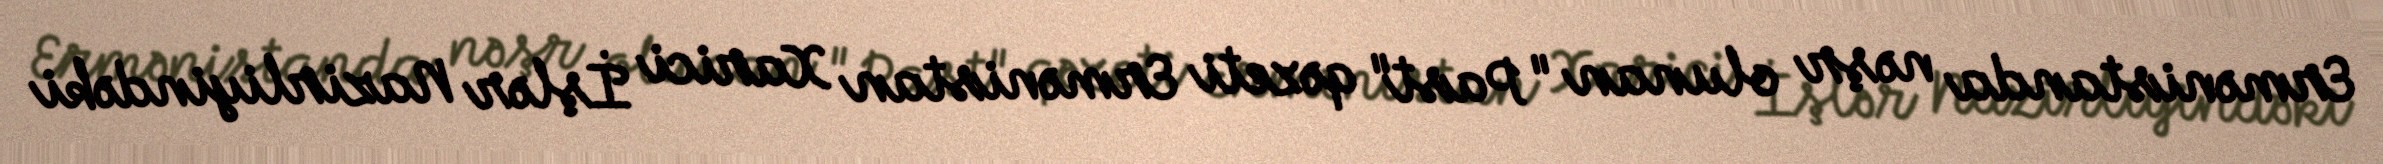
Ermənistanda nəşr olunan "Past" qəzeti Ermənistan Xarici İşlər Nazirliyindəki